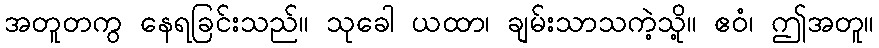
အတူတကွ နေရခြင်းသည်။ သုခေါ ယထာ၊ ချမ်းသာသကဲ့သို့။ ဧဝံ၊ ဤအတူ။